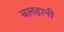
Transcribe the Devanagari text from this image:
बलहानी